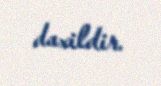
daxildir.